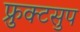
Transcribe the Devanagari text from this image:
फ्रुक्टसुप